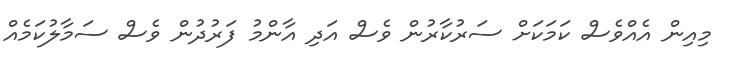
މިއިން އެއްވެސް ކަމަކަށް ސަރުކާރުން ވެސް އަދި އާންމު ފަރުދުން ވެސް ސަމާލުކަމެއް